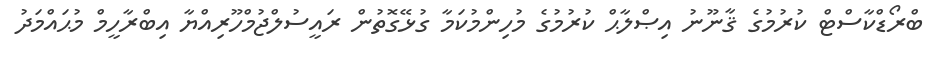
ބްރޯޑްކާސްޓް ކުރުމުގެ ޤާނޫނު އިޞްލާޙް ކުރުމުގެ މުހިންމުކަމާ ގުޅޭގޮތުން ރައީސުލްޖުމްހޫރިއްޔާ އިބްރާހީމް މުޙައްމަދު